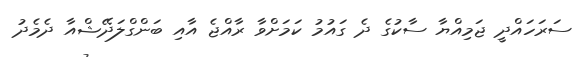
ސަރަހައްދީ ޖަމިއްޔާ ސާކުގެ ދެ ގައުމު ކަމަށްވާ ރާއްޖެ އާއި ބަންގްލަދޭޝްއާ ދެމެދު